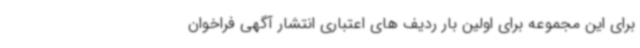
برای این مجموعه برای اولین بار ردیف های اعتباری انتشار آگهی فراخوان